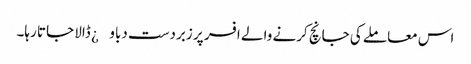
اس معاملے کی جانچ کرنے والے افسر پر زبردست دباو¿ ڈالا جاتا رہا۔